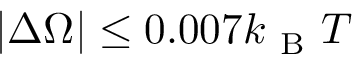
| \Delta \Omega | \le 0 . 0 0 7 k _ { \mathrm { ~ B ~ } } T